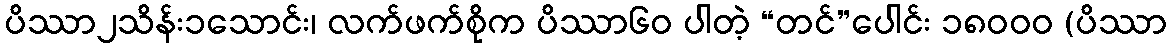
ပိဿာ၂သိန်း၁သောင်း၊ လက်ဖက်စိုက ပိဿာ၆၀ ပါတဲ့ “တင်”ပေါင်း ၁၈၀၀၀ (ပိဿာ